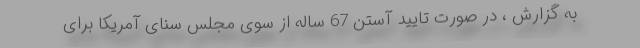
به گزارش ، در صورت تایید آستن 67 ساله از سوی مجلس سنای آمریکا برای